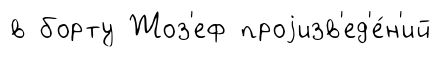
в борту Жоз'еф проjизв'ед'е́н'ий